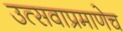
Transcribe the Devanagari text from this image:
उत्सवाप्रमाणेच